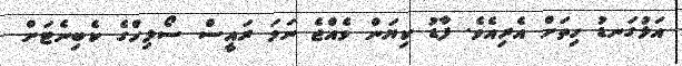
އަޅުގަނޑު ހިތަށް އެެރިއެވެ. ފާޑު ކިޔަން ވެއްޖެ ނަމަ ރައީސް ސޯލިހްގެ ކެބިނެޓަށް